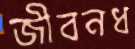
জীবনধ